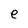
Character: e